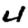
Digit: 4